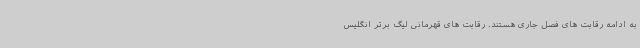
به ادامه رقابت های فصل جاری هستند. رقابت های قهرمانی لیگ برتر انگلیس